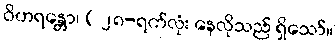
ဝိဟရန္တော၊ ( ၂၈-ရက်လုံး နေလိုသည် ရှိသော်။